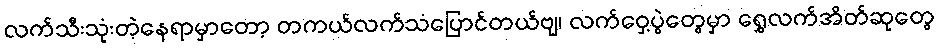
လက်သီးသုံးတဲ့နေရာမှာတော့ တကယ်လက်သံပြောင်တယ်ဗျ၊ လက်ဝှေ့ပွဲတွေမှာ ရွှေလက်အိတ်ဆုတွေ